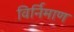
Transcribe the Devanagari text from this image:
विर्निमाण